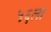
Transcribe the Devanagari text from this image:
५६ला